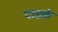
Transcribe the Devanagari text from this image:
पाडके